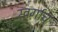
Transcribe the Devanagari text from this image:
स्वर्गाच